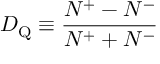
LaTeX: D _ { \mathrm { Q } } \equiv { \frac { N ^ { + } - N ^ { - } } { N ^ { + } + N ^ { - } } }